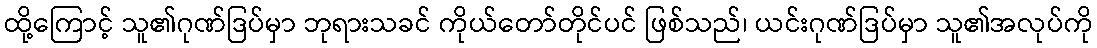
ထို့ကြောင့် သူ၏ဂုဏ်ဒြပ်မှာ ဘုရားသခင် ကိုယ်တော်တိုင်ပင် ဖြစ်သည်၊ ယင်းဂုဏ်ဒြပ်မှာ သူ၏အလုပ်ကို